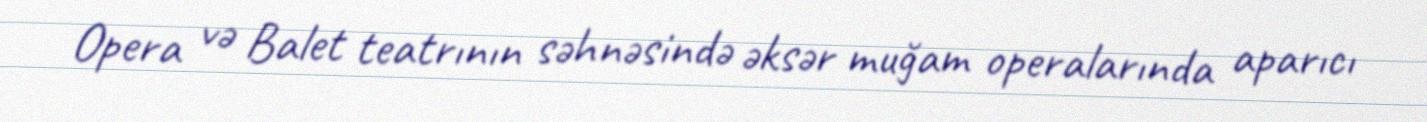
Opera və Balet teatrının səhnəsində əksər muğam operalarında aparıcı